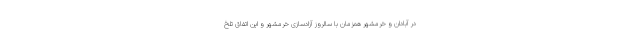
در آبادان و خرمشهر همزمان با سالروز آزادسازی خرمشهر و این اتفاق تلخ